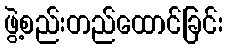
ဖွဲ့စည်းတည်ထောင်ခြင်း